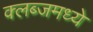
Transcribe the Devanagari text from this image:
क्लब्जमध्ये